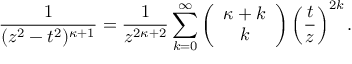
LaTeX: \frac { 1 } { ( z ^ { 2 } - t ^ { 2 } ) ^ { \kappa + 1 } } = \frac { 1 } { z ^ { 2 \kappa + 2 } } \sum _ { k = 0 } ^ { \infty } \left( \begin{array} { c } { { \kappa + k } } \\ { { k } } \end{array} \right) \left( \frac { t } { z } \right) ^ { 2 k } .